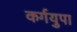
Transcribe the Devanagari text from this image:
कर्गयुपा